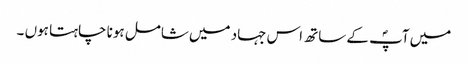
میں آپؐ کے ساتھ اس جہاد میں شامل ہونا چاہتا ہوں ۔